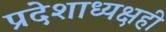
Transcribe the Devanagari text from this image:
प्रदेशाध्यक्षही